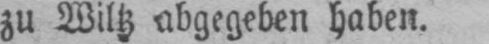
zu Wiltz abgegeben haben.